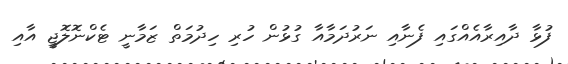
ފުޅާ ދާއިރާއެއްގައި ފެނާއި ނަރުދަމާއާ ގުޅުން ހުރި ހިދުމަތް ޒަމާނީ ޓެކްނޮލޮޖީ އާއި